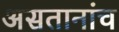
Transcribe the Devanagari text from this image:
असतानांच